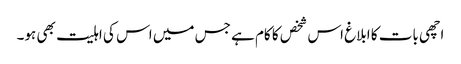
اچھی بات کا ابلاغ اس شخص کا کام ہے جس میں اس کی اہلیت بھی ہو۔